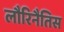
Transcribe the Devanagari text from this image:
लौरिनैतिस